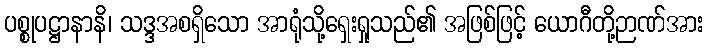
ပစ္စုပဋ္ဌာနာနိ၊ သဒ္ဒအစရှိသော အာရုံသို့ရှေးရှုသည်၏ အဖြစ်ဖြင့် ယောဂီတို့ဉာဏ်အား